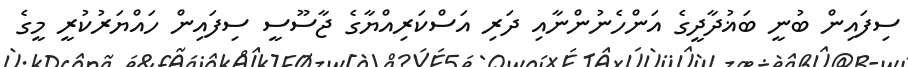
ސިފައިން ބުނީ ބަޣުދާދީގެ އަންހެނުންނާއި ދަރި އަސްކަރިއްޔާގެ ޖާސޫސީ ސިފައިން ހައްޔަރުކުރީ މީގެ